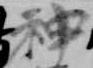
神